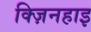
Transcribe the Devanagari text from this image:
क्ज़िनहाइ